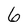
Character: 6